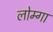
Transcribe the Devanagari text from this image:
लोम्गा